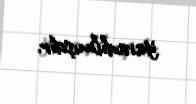
yaradılmışdır.